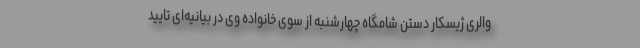
والری ژیسکار دستن شامگاه چهارشنبه از سوی خانواده وی در بیانیه‌ای تایید